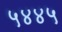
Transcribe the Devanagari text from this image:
५४४५